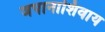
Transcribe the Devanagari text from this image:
जपानाशिवाय